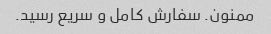
ممنون. سفارش کامل و سریع رسید.